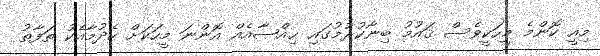
މިއީ ކޮންމެ މީހަކީވެސް ޤައުމު ބިނާކުރުމުގައި ޙިއްޞާއެއް އޮންނަ މީހަކަށް ހެދުމާއެކު ތަފާތު